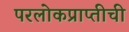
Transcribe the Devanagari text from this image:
परलोकप्राप्तीची